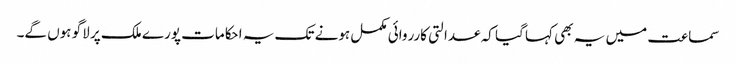
سماعت میں یہ بھی کہا گیا کہ عدالتی کارروائی مکمل ہونے تک یہ احکامات پورے ملک پر لاگو ہوں گے۔